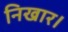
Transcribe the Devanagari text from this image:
निखार।